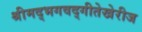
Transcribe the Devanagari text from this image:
श्रीमद्‌भगवद्‌गीतेखेरीज